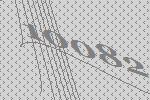
10082